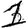
Digit: 1